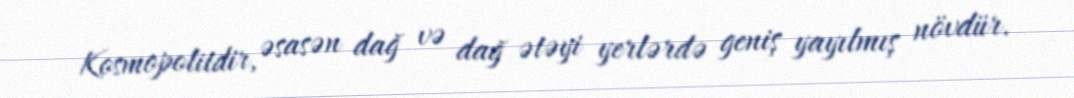
Kosmopolitdir, əsasən dağ və dağ ətəyi yerlərdə geniş yayılmış növdür.